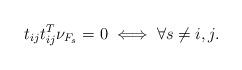
LaTeX: \begin{align*} t_{ij} t_{ij}^T \nu_{F_s} = 0 \iff \forall s \neq i, j.\end{align*}